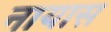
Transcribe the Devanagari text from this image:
नायास